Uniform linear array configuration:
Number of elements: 32
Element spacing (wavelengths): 0.5
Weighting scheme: binomial
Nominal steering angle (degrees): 15
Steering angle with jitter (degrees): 13.606
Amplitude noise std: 0.05
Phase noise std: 0.05

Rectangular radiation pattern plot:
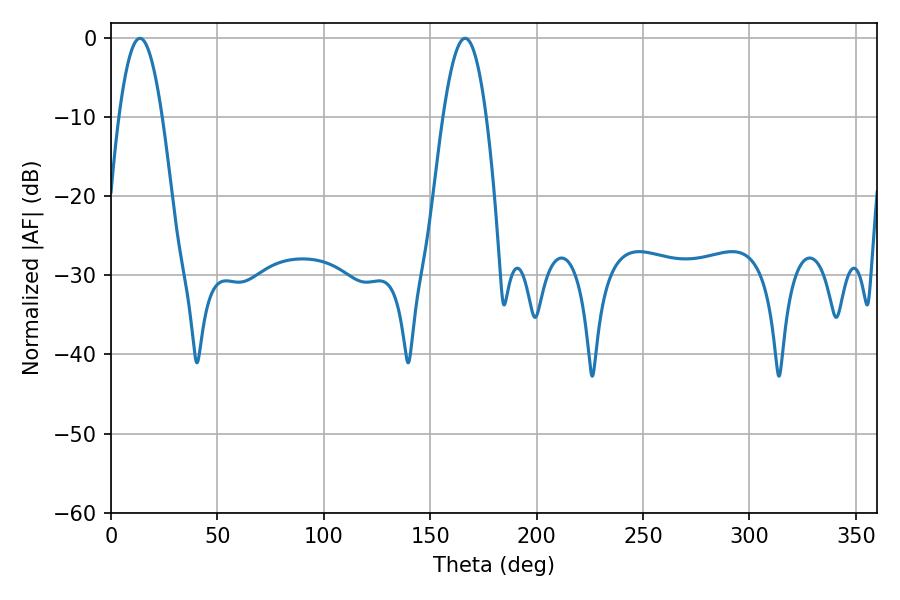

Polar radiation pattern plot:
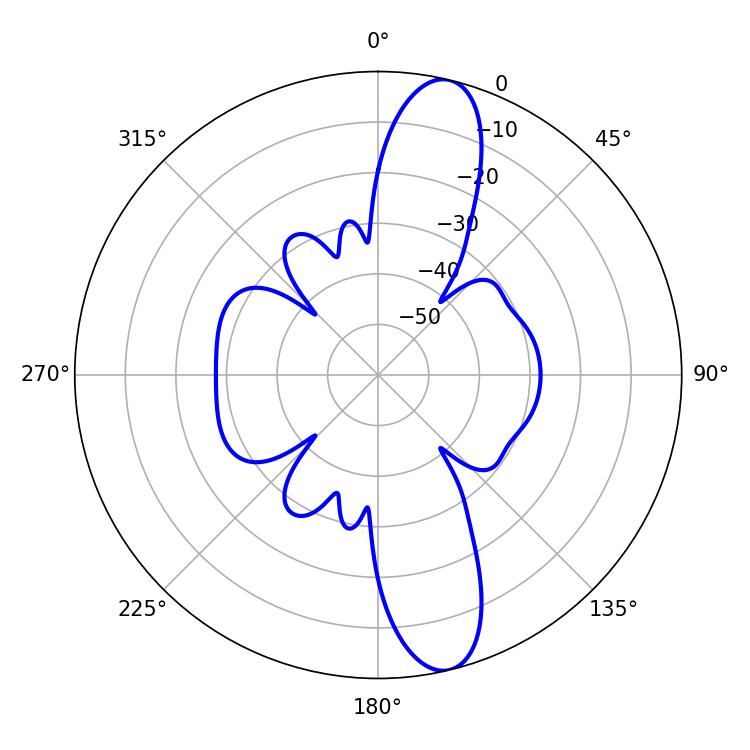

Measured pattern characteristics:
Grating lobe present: FALSE
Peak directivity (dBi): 13.098
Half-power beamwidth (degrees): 11.16
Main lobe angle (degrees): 13.68